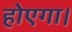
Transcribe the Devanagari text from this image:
होएगा।